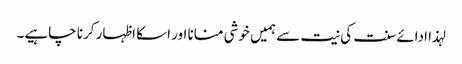
لہذا ادائے سنت کی نیت سے ہمیں خوشی منانا اور اسکا اظہار کرنا چاہیے۔